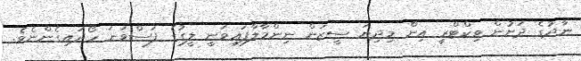
ނާދުގެ ދަށުން ވިކްޓްރީ އިން މިދިޔަ ސީޒަން ނިންމާލާފައިވަނީ ލީގުގެ ފަސްވަނަ ހޯދައިގެންނެވެ.